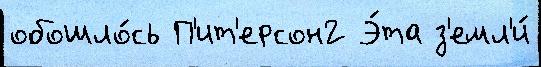
обошло́сь П'ит'ерсон2 Э́та з'емл'и́